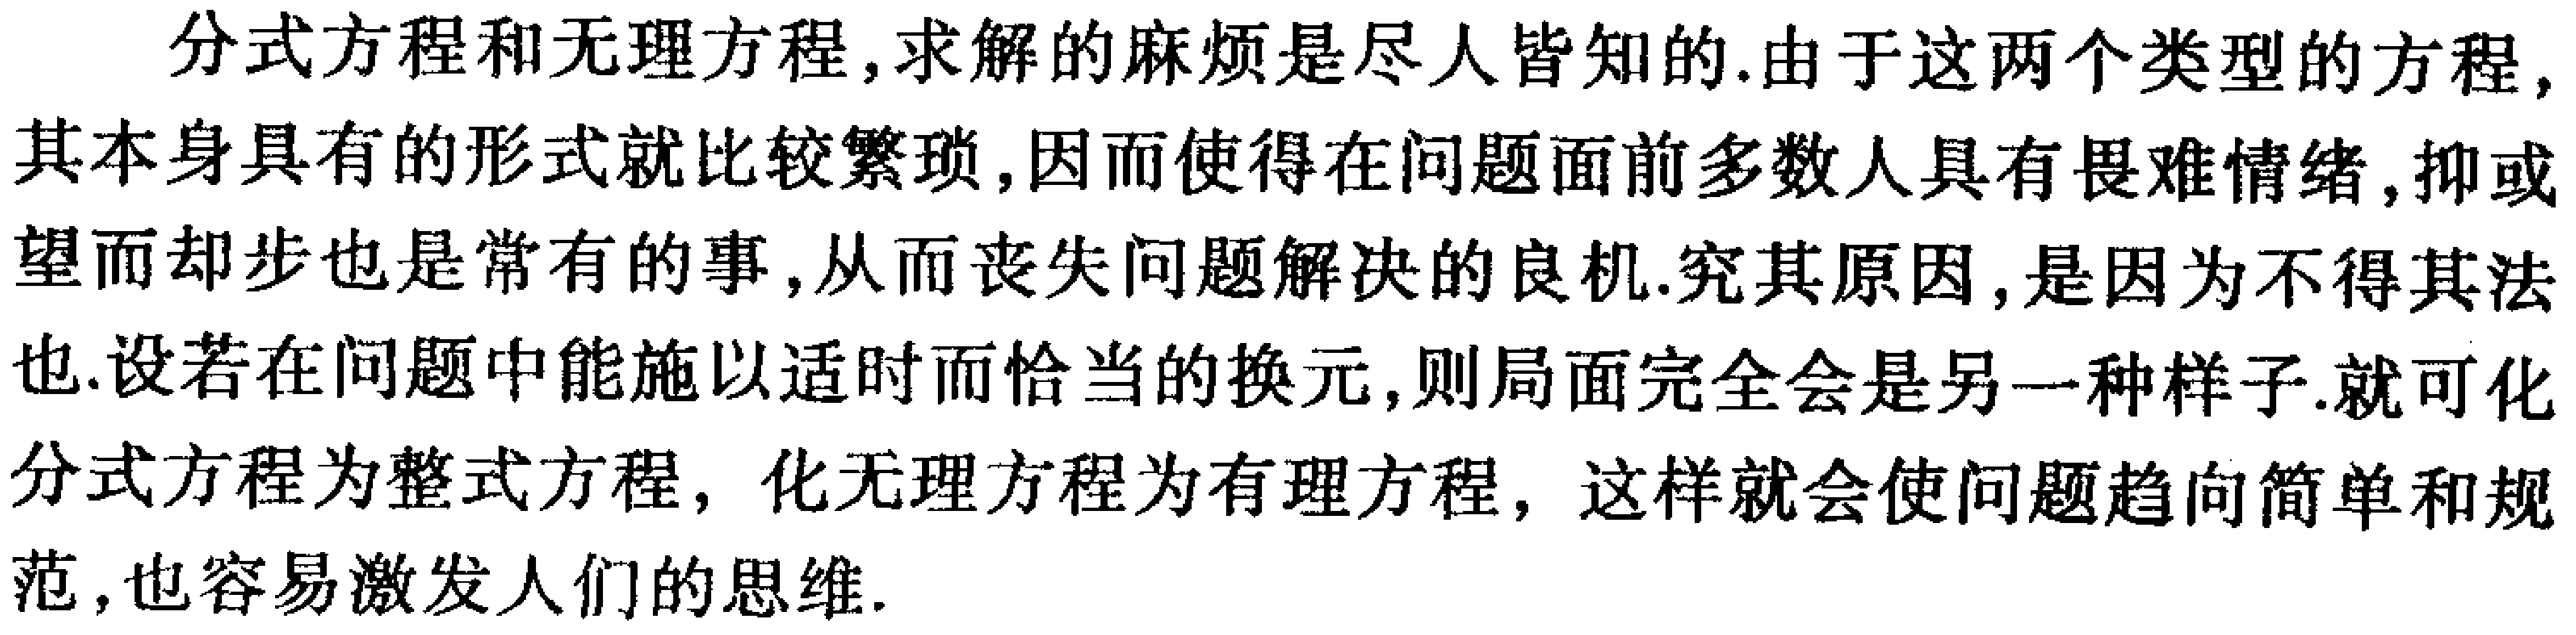
分式方程和无理方程,求解的麻烦是尽人皆知的.由于这两个类型的方程,其本身具有的形式就比较繁琐,因而使得在问题面前多数人具有畏难情绪,抑或望而却步也是常有的事,从而丧失问题解决的良机.究其原因,是因为不得其法也.设若在问题中能施以适时而恰当的换元,则局面完全会是另一种样子.就可化分式方程为整式方程, 化无理方程为有理方程, 这样就会使问题趋向简单和规范,也容易激发人们的思维.